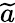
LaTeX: \widetilde{a}